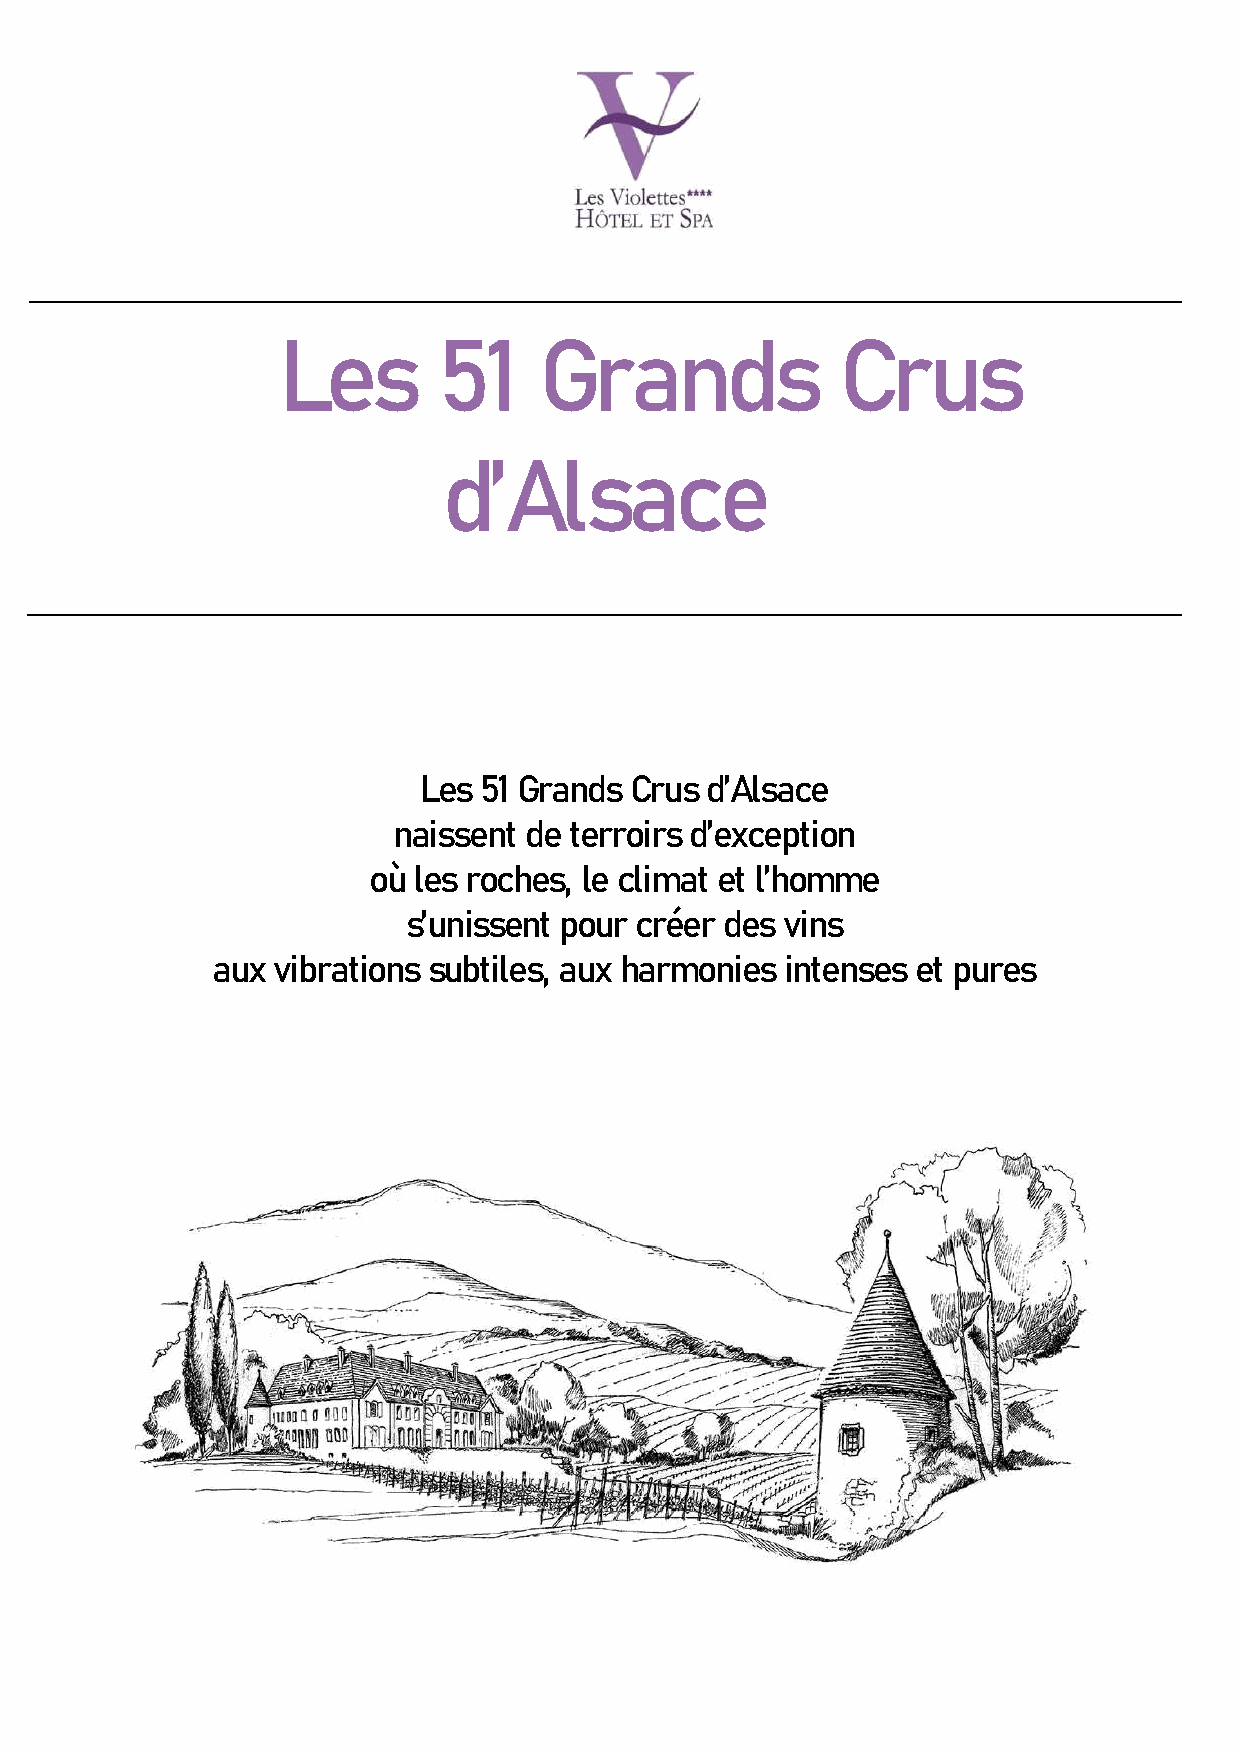
Les        51     Grands              Crus
 d’Alsace
 Les 51 Grands Crus d’Alsace
 naissent de terroirs d’exception
 où les roches, le climat et l’homme
 s’unissent pour créer des vins
 aux vibrations subtiles, aux harmonies intenses et pures